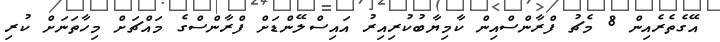
އޭގެތެރެއިން 8 މެޗު ފްރާންސްއިން ކާމިޔާބުކުރިއިރު އައިސްލޭންޑަށް ފްރާންސްގެ މައްޗަށް މިހާތަނަށް ކުރި